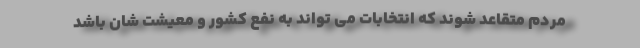
مردم متقاعد شوند که انتخابات می تواند به نفع کشور و معیشت شان باشد